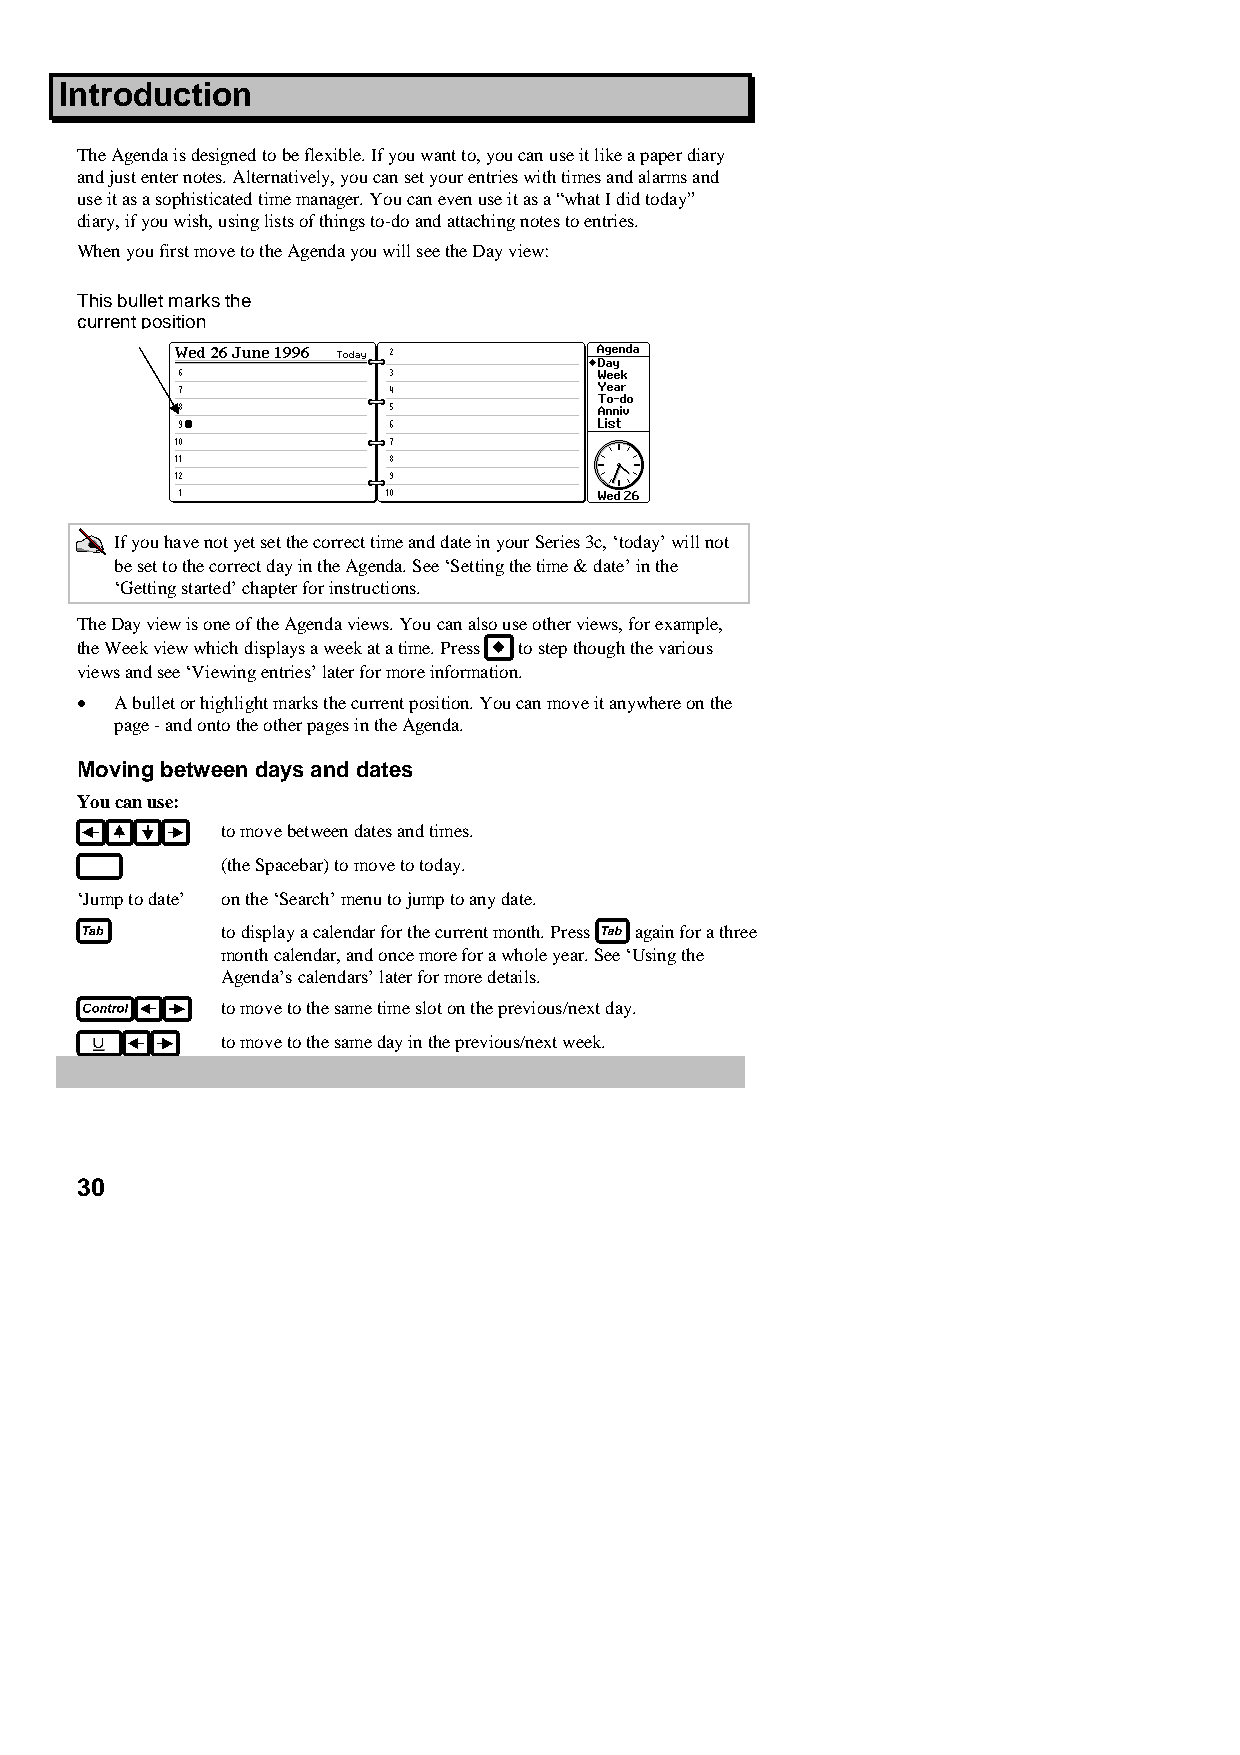
Introduction
 The Agenda is designed to be flexible. If you want to, you can use it like a paper diary
 and just enter notes. Alternatively, you can set your entries with times and alarms and
 use it as a sophisticated time manager. You can even use it as a “what I did today”
 diary, if you wish, using lists of things to-do and attaching notes to entries.
 When you first move to the Agenda you will see the Day view:
 This bullet marks the
 current position
 If you have not yet set the correct time and date in your Series 3c, ‘today’ will not
 be set to the correct day in the Agenda. See ‘Setting the time & date’ in the
 ‘Getting started’ chapter for instructions.
 The Day view is one of the Agenda views. You can also use other views, for example,
 the Week view which displays a week at a time. Press to step though the various
 views and see ‘Viewing entries’ later for more information.
 •  A bullet or highlight marks the current position. You can move it anywhere on the
 page - and onto the other pages in the Agenda.
 Moving between days and dates
 You can use:
 to move between dates and times.
 (the Spacebar) to move to today.
 ‘Jump to date’ on the ‘Search’ menu to jump to any date.
 to display a calendar for the current month. Press again for a three
 month calendar, and once more for a whole year. See ‘Using the
 Agenda’s calendars’ later for more details.
 to move to the same time slot on the previous/next day.
 to move to the same day in the previous/next week.
 30